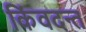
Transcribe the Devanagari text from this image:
किंवदन्त